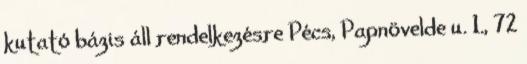
kutató bázis áll rendelkezésre Pécs, Papnövelde u. 1., 72